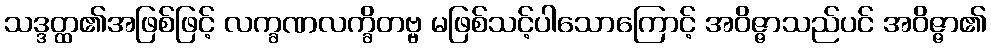
သဒ္ဒတ္ထ၏အဖြစ်ဖြင့် လက္ခဏလက္ခိတဗ္ဗ မဖြစ်သင့်ပါသောကြောင့် အဝိဇ္ဇာသည်ပင် အဝိဇ္ဇာ၏